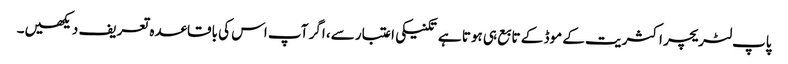
پاپ لٹریچر اکثریت کے موڈ کے تابع ہی ہوتا ہے تکنیکی اعتبار سے، اگر آپ اس کی باقاعدہ تعریف دیکھیں۔